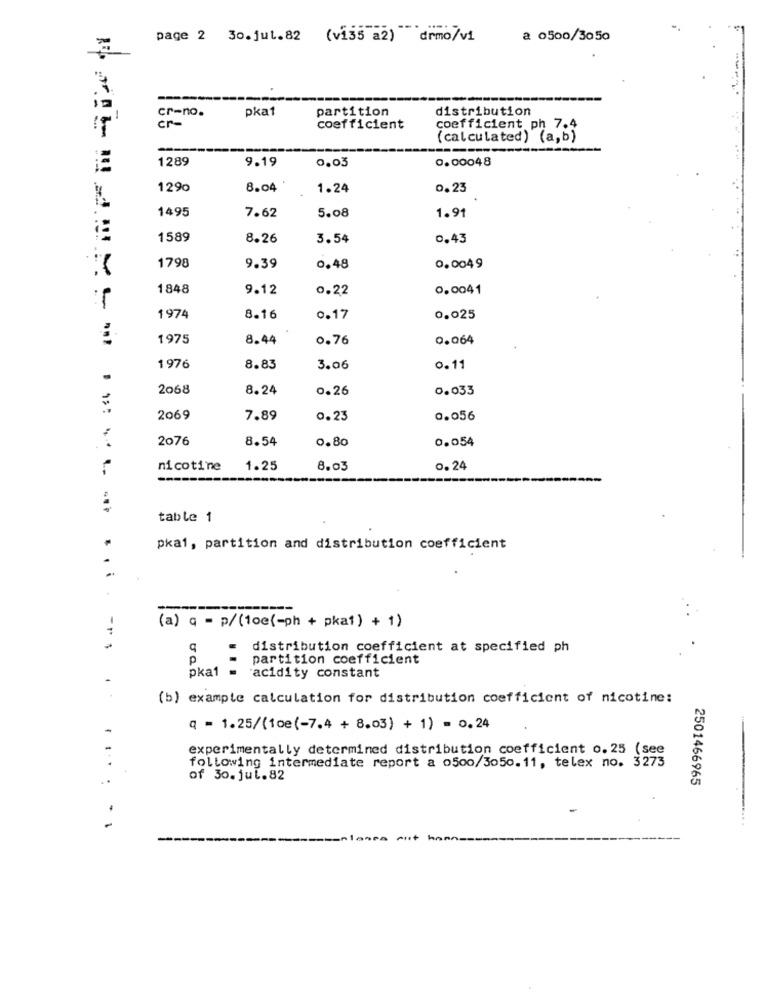
page 2 30.jul.82
(v135 a2) drmo/vi
a 0500/3050
cr-no.
pka1
partition
distribution
cr-
coefficient
coefficient ph 7.4
(calculated) (a,b)
--
1289
9.19
0.03
0.00048
1290
8.04
1.24
0.23
1495
7.62
5.08
1.91
1589
8.26
3.54
0.43
1798
9.39
0.48
0.0049
1848
9.12
0.22
0.0041
1974
8.16
0.17
0.025
1975
8.44
0.76
0.064
1976
8.83
3.06
0.11
2068
8.24
0.26
0.033
2069
7.89
0.23
0.056
2076
8.54
0.80
0.054
nicotine
1.25
8.03
0.24
---
table 1
pka1, partition and distribution coefficient
--
(a) q = p/(1oc(-ph + pka1) + 1)
.
distribution coefficient at specified ph
P
partition coefficient
pka1
acidity constant
(b) example calculation for distribution coefficient of nicotine:
q = 1.25/(1me(-7.4 + 8.03) + 1) = 0.24
experimentally determined distribution coefficient o. 25 (see
following intermediate report a o500/3050.11, telex no. 3273
of 30.jul.82
2501466965
-
-- 1
kann-